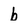
Character: b